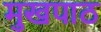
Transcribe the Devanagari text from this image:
मुखपाठ